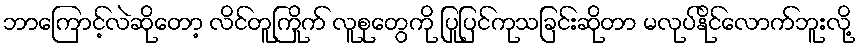
ဘာကြောင့်လဲဆိုတော့ လိင်တူကြိုက် လူစုတွေကို ပြုပြင်ကုသခြင်းဆိုတာ မလုပ်နိုင်လောက်ဘူးလို့